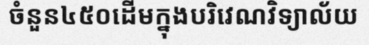
ចំនួន៤៥០ដើមក្នុងបរិវេណវិទ្យាល័យ